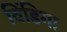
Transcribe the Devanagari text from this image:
विंडिगा